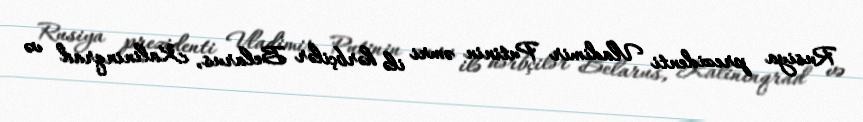
Rusiya prezidenti Vladimir Putinin əmri ilə hərbçilər Belarus, Kalininqrad və